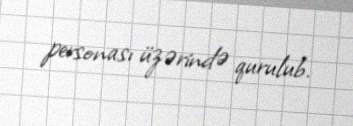
personası üzərində qurulub.